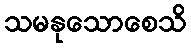
သမနုသောစေသိ